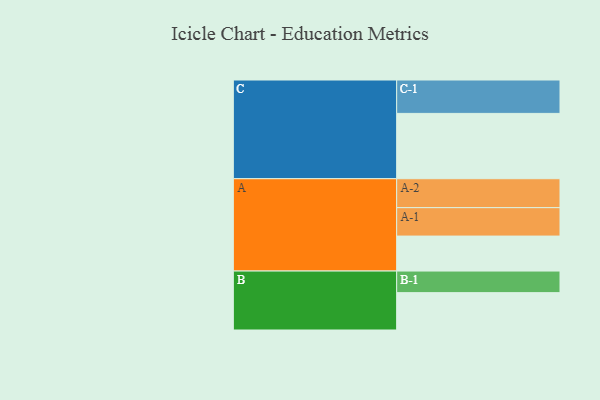
{"axis": {"x": "Segment", "y": "Value"}, "legend": ["", "A", "B", "C"], "data": [{"x": "A", "y": 308, "type": ""}, {"x": "B", "y": 329, "type": ""}, {"x": "C", "y": 575, "type": ""}, {"x": "A-1", "y": 250, "type": "A"}, {"x": "A-2", "y": 255, "type": "A"}, {"x": "B-1", "y": 190, "type": "B"}, {"x": "C-1", "y": 294, "type": "C"}]}